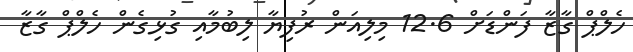
ހެލްޕް ގާޒާ ފަންޑަށް 12.6 މިލިއަން ރުފިޔާ ލިބުމާއި ގުޅިގެން ހެލްޕް ގާޒާ